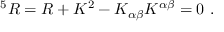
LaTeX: ^ 5 R = R + K ^ { 2 } - K _ { \alpha \beta } K ^ { \alpha \beta } = 0 ~ .